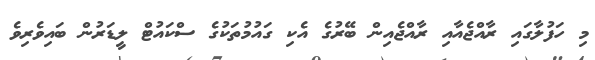
މި ހަފުލާގައި ރާއްޖެއާއި ރާއްޖެއިން ބޭރުގެ އެކި ގައުމުތަކުގެ ސްކައުޓް ލީޑަރުން ބައިވެރިވެ